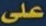
على